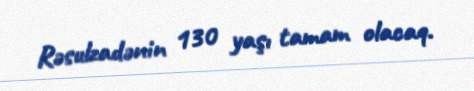
Rəsulzadənin 130 yaşı tamam olacaq.